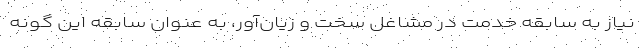
نیاز به سابقه خدمت در مشاغل سخت و زیان‌آور، به عنوان سابقه این گونه